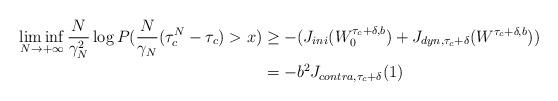
LaTeX: \begin{align*}\liminf_{N\rightarrow+\infty}\frac{N}{\gamma_N^2}\log P(\frac{N}{\gamma_N}(\tau_c^N-\tau_c)>x)&\geq -(J_{ini}(W^{\tau_c+\delta, b}_0)+J_{dyn, \tau_c+\delta}(W^{\tau_c+\delta, b}))\\&=-b^2J_{contra, \tau_c+\delta}(1)\end{align*}